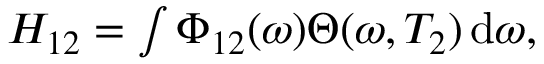
\begin{array} { r } { H _ { 1 2 } = \int \Phi _ { 1 2 } ( \omega ) \Theta ( \omega , T _ { 2 } ) \, \mathrm { d } \omega , } \end{array}